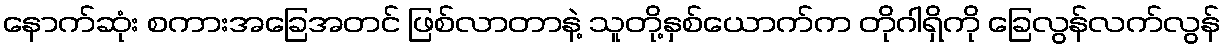
နောက်ဆုံး စကားအခြေအတင် ဖြစ်လာတာနဲ့ သူတို့နှစ်ယောက်က တိုဂါရှိကို ခြေလွန်လက်လွန်